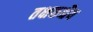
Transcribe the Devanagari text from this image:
तक्षकश्चैव